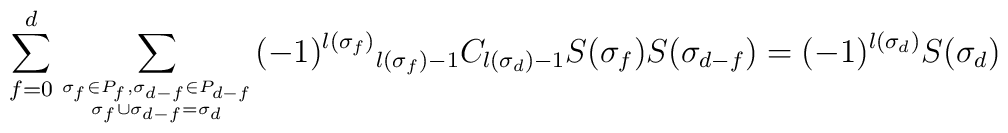
\sum_{f=0}^{d}\sum_{{\sigma_{f}\in P_{f},\sigma_{d-f}\in P_{d-f}}\atop{\sigma_{f}\cup\sigma_{d-f}=\sigma_{d}}}(-1)^{l(\sigma_{f})}{}_{l(\sigma_{f})-1}C_{l(\sigma_{d})-1}S(\sigma_{f})S(\sigma_{d-f}) =(-1)^{l(\sigma_{d})}S(\sigma_{d})